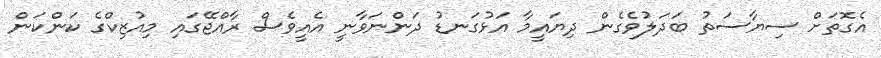
އެގޮތަށް ސިޔާސަތު ބަދަލުވެގެން ދިޔައީމާ އަޅުގަނޑު ދަންނަވާނީ އެއީވެސް ރާއްޖޭގައި މިއުޒިކްގެ ކަންކަން